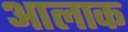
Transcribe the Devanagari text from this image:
आलाक